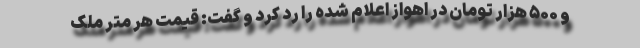
و ۵۰۰ هزار تومان در اهواز اعلام شده را رد کرد و گفت: قیمت هر متر ملک